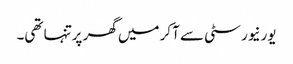
یورنیورسٹی سے آکر میں گھر پرتنہا تھی۔